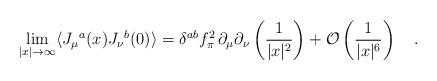
LaTeX: \begin{align*}\lim_{|x|\to \infty}\langle J_\mu{}^a(x) J_{\nu}{}^b(0) \rangle =\delta^{ab} f_\pi^2\,\partial_\mu \partial_\nu\left(\frac{1}{|x|^2}\right)+{\cal O}\left(\frac{1}{|x|^6}\right)\quad.\end{align*}